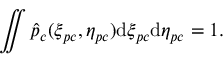
\iint \hat { p } _ { c } ( \xi _ { p c } , \eta _ { p c } ) \mathrm { d } \xi _ { p c } \mathrm { d } \eta _ { p c } = 1 .